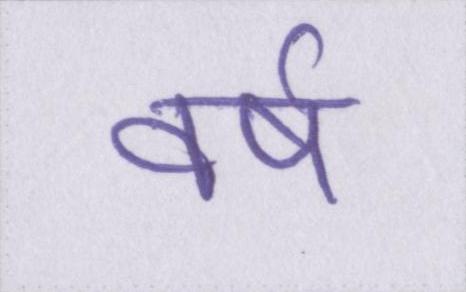
वर्ष